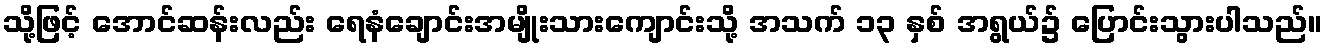
သို့ဖြင့် အောင်ဆန်းလည်း ရေနံချောင်းအမျိုးသားကျောင်းသို့ အသက် ၁၃ နှစ် အရွယ်၌ ပြောင်းသွားပါသည်။